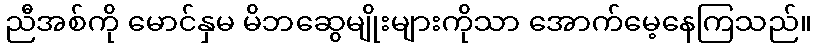
ညီအစ်ကို မောင်နှမ မိဘဆွေမျိုးများကိုသာ အောက်မေ့နေကြသည်။